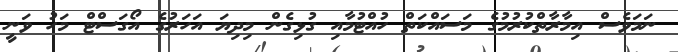
ނަމަވެސް އިމާރާތްކުރުމުގެ މަސައްކަތް ހުއްޓުމާއި ގުޅިގެން މިދިޔަ އަހަރުގެ އޯގަސްޓް މަހު ވަނީ